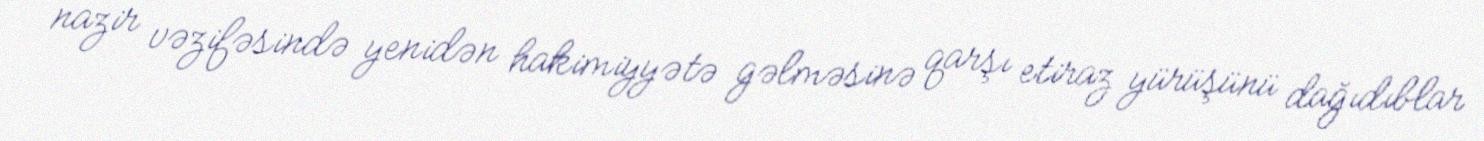
nazir vəzifəsində yenidən hakimiyyətə gəlməsinə qarşı etiraz yürüşünü dağıdıblar